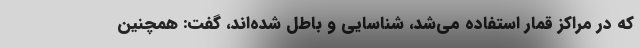
که در مراکز قمار استفاده می‌شد، شناسایی و باطل شده‌اند، گفت: همچنین